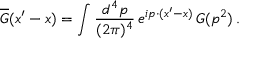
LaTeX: \overline { { { G } } } ( x ^ { \prime } - x ) = \int \frac { d ^ { 4 } p } { ( 2 \pi ) ^ { 4 } } \, e ^ { i p \cdot ( x ^ { \prime } - x ) } \, G ( p ^ { 2 } ) \, .